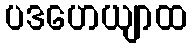
ပဒဟေယျာထ